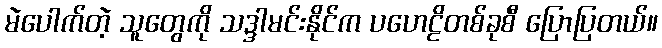
မဲပေါက်တဲ့ သူတွေကို သဒ္ဒါမင်းနိုင်က ပဟေဠိတစ်ခုစီ ပြောပြတယ်။